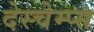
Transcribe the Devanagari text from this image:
देस्चेम्प्स